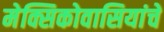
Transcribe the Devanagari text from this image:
मेक्सिकोवासियांचे